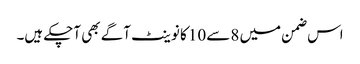
اس ضمن میں 8 سے10 کا نوینٹ آگے بھی آچکے ہیں۔